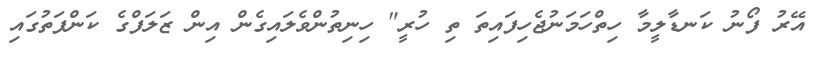
އޭރު ފޯނު ކަނޑާލީމާ ހިތްހަމަނުޖެހިފައިތަ ތި ހުރީ" ހިނިތުންވެލައިގެން އިން ޒަލަފްގެ ކަންފަތުގައި